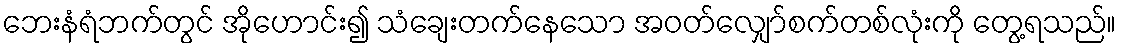
ဘေးနံရံဘက်တွင် အိုဟောင်း၍ သံချေးတက်နေသော အဝတ်လျှော်စက်တစ်လုံးကို တွေ့ရသည်။